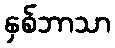
နှစ်ဘာသာ